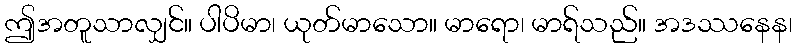
ဤအတူသာလျှင်။ ပါပိမာ၊ ယုတ်မာသော။ မာရော၊ မာရ်သည်။ အဒဿနေန၊